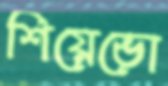
শিয়েভো